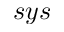
s y s